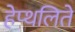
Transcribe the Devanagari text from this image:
हेप्थलिते